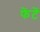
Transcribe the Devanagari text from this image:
फेंटें